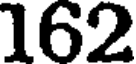
162